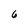
Character: 6